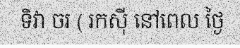
ទិវា ចរ ( រកស៊ី នៅពេល ថ្ងៃ